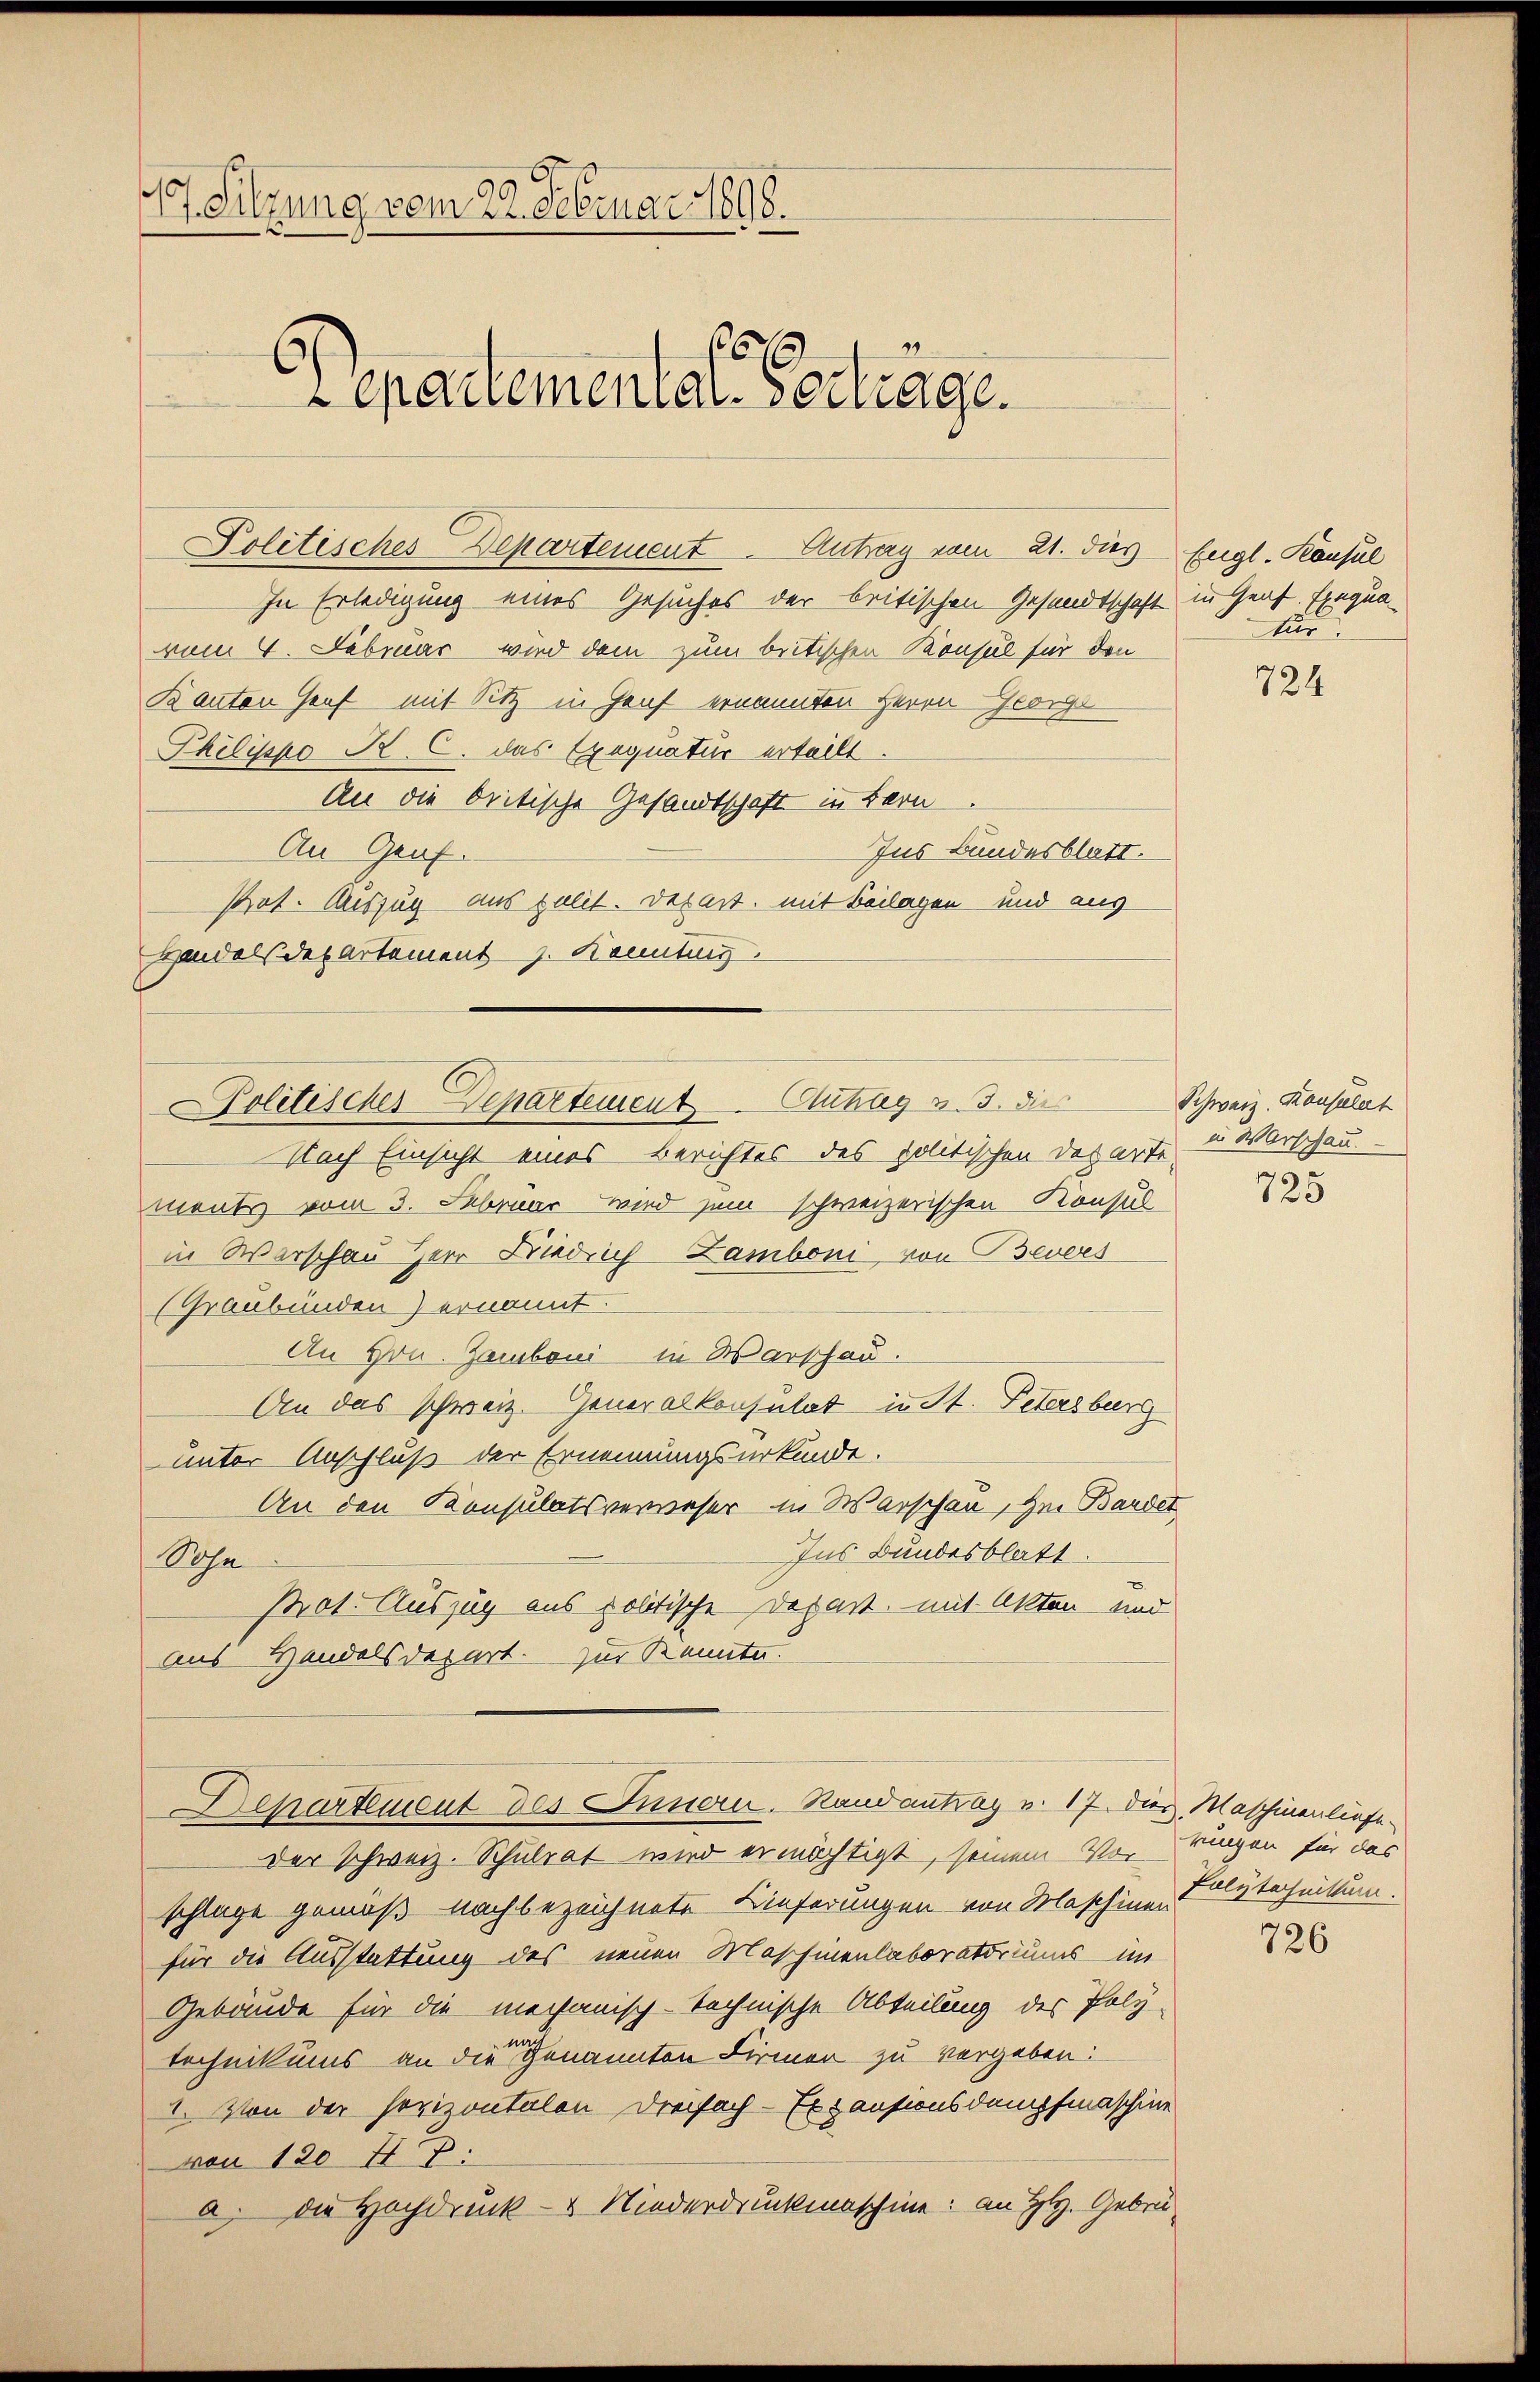
7. Sitzung vom 22. Februar 1898.
9
epartementale Gertrage.

Politisches Departement. Antrag vom 21. dies Engl. Konsul

In Erledigung eines Gesuches der britischen Gesandtschaft in Graf. Exequavom 4. Februar wird dem zum beitischen Konsul für den
Kanton Genf mit Sitz in Genf ernannten Herrn Georg
Philippo K. C. das Exequatur erteilt.
An die britische Gesandtschaft in Bern
An Genf.
Ius Bundesblatt.
Pot. Auszug aus zulit. Depart, mit Beilagen und aus
Handelsdepartement J. Kennting
Nach Einsicht eines Berichtes des politischen Departe u. Warschau.
ment vom 3. Februar wird zum schweizerischen Konsul
in Warschen Herr Niedrich Lamboni, von Bevors
(Graubünden) ernannt.
An Hrn. Zamboni in Warschau.
An das schweiz. Generalkonsulat in St. Petersburg
unter Anschluß der Ernennungsurkunde.
An den Konsulatsverweser in Warschau, zur Bandet
Ins Bundesblatt.
Sohn
Prot. Auszug aus politische Depart, mit Akten und
aus Handelsdepart. Zur Kennte.

Politisches Separtement Stutzig v. 3. dies

Departement des Innern. Randantrag v. 17. dies, Maschinenliefe

Der Schweiz. Schulrat wird ermächtigt, seinem Vor-
schlage gemäß nach bezeichnete Lieferungen von Maschinen
für die Ausstattung des neuen Maschinenlaboratoriums im
Gebäude für die mechanisch-technische Abteilung des Poly-
technikums an die genannten Firmen zu vergeben:
I. Von der horizontalen Dreifach-Expensionsdampfmaschine
von 120 I Zi
a. die Hochdruck- & Niederdruckmaschine: an H. Gebrü¬

für

724

Schweiz. Konsulat

725

rungen für das
Polytechnikum.

726